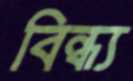
বিন্ধ্য